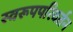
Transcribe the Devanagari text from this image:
स्वरूपपरिवर्तन